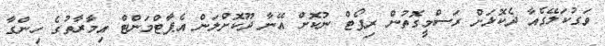
ވަގުކަލޭގެއާ ދެކޮޅަށް ރަސްމީގޮތުން ރިޕޯޓް ނުކޮށް އޭނާ ދޫކޮށްލަން އެޕާޓްމަންޓް އިމާރާތުގެ ހިންގާ